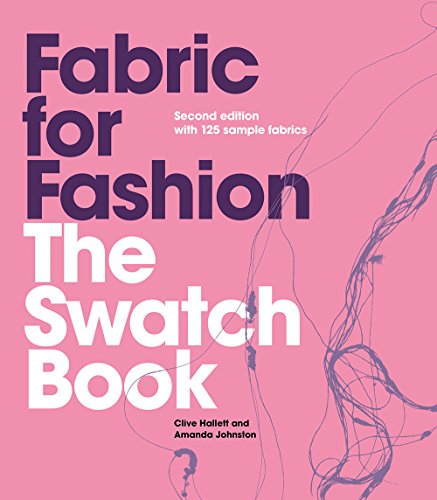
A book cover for Fabric for Fashion: The Swatch Book; Clive Hallett; Arts & Photography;